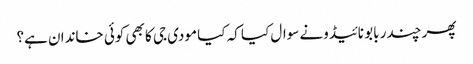
پھر چندر بابو نائیڈونے سوال کیا کہ کیا مودی جی کا بھی کوئی خاندان ہے؟